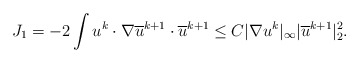
\begin{align*}J_1= -2\int u^k \cdot \nabla \overline{u}^{k+1} \cdot \overline{u}^{k+1}\leq C|\nabla u^k|_\infty | \overline{u}^{k+1}|^2_2.\end{align*}